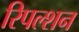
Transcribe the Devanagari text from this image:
रिपल्शन